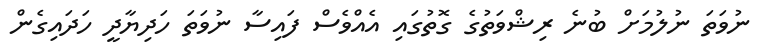
ނުވަތަ ނުލުމަށް ބުނެ ރިޝްވަތުގެ ގޮތުގައި އެއްވެސް ފައިސާ ނުވަތަ ހަދިޔާދީ ހަދައިގެން